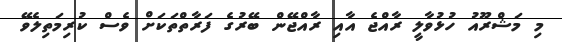
މި މަޝްރޫއު ހުޅުވާލީ ރާއްޖެ އާއި ރާއްޖޭން ބޭރުގެ ފަރާތްތަކަށް ވެސް ކުރިމަތިލެވޭ